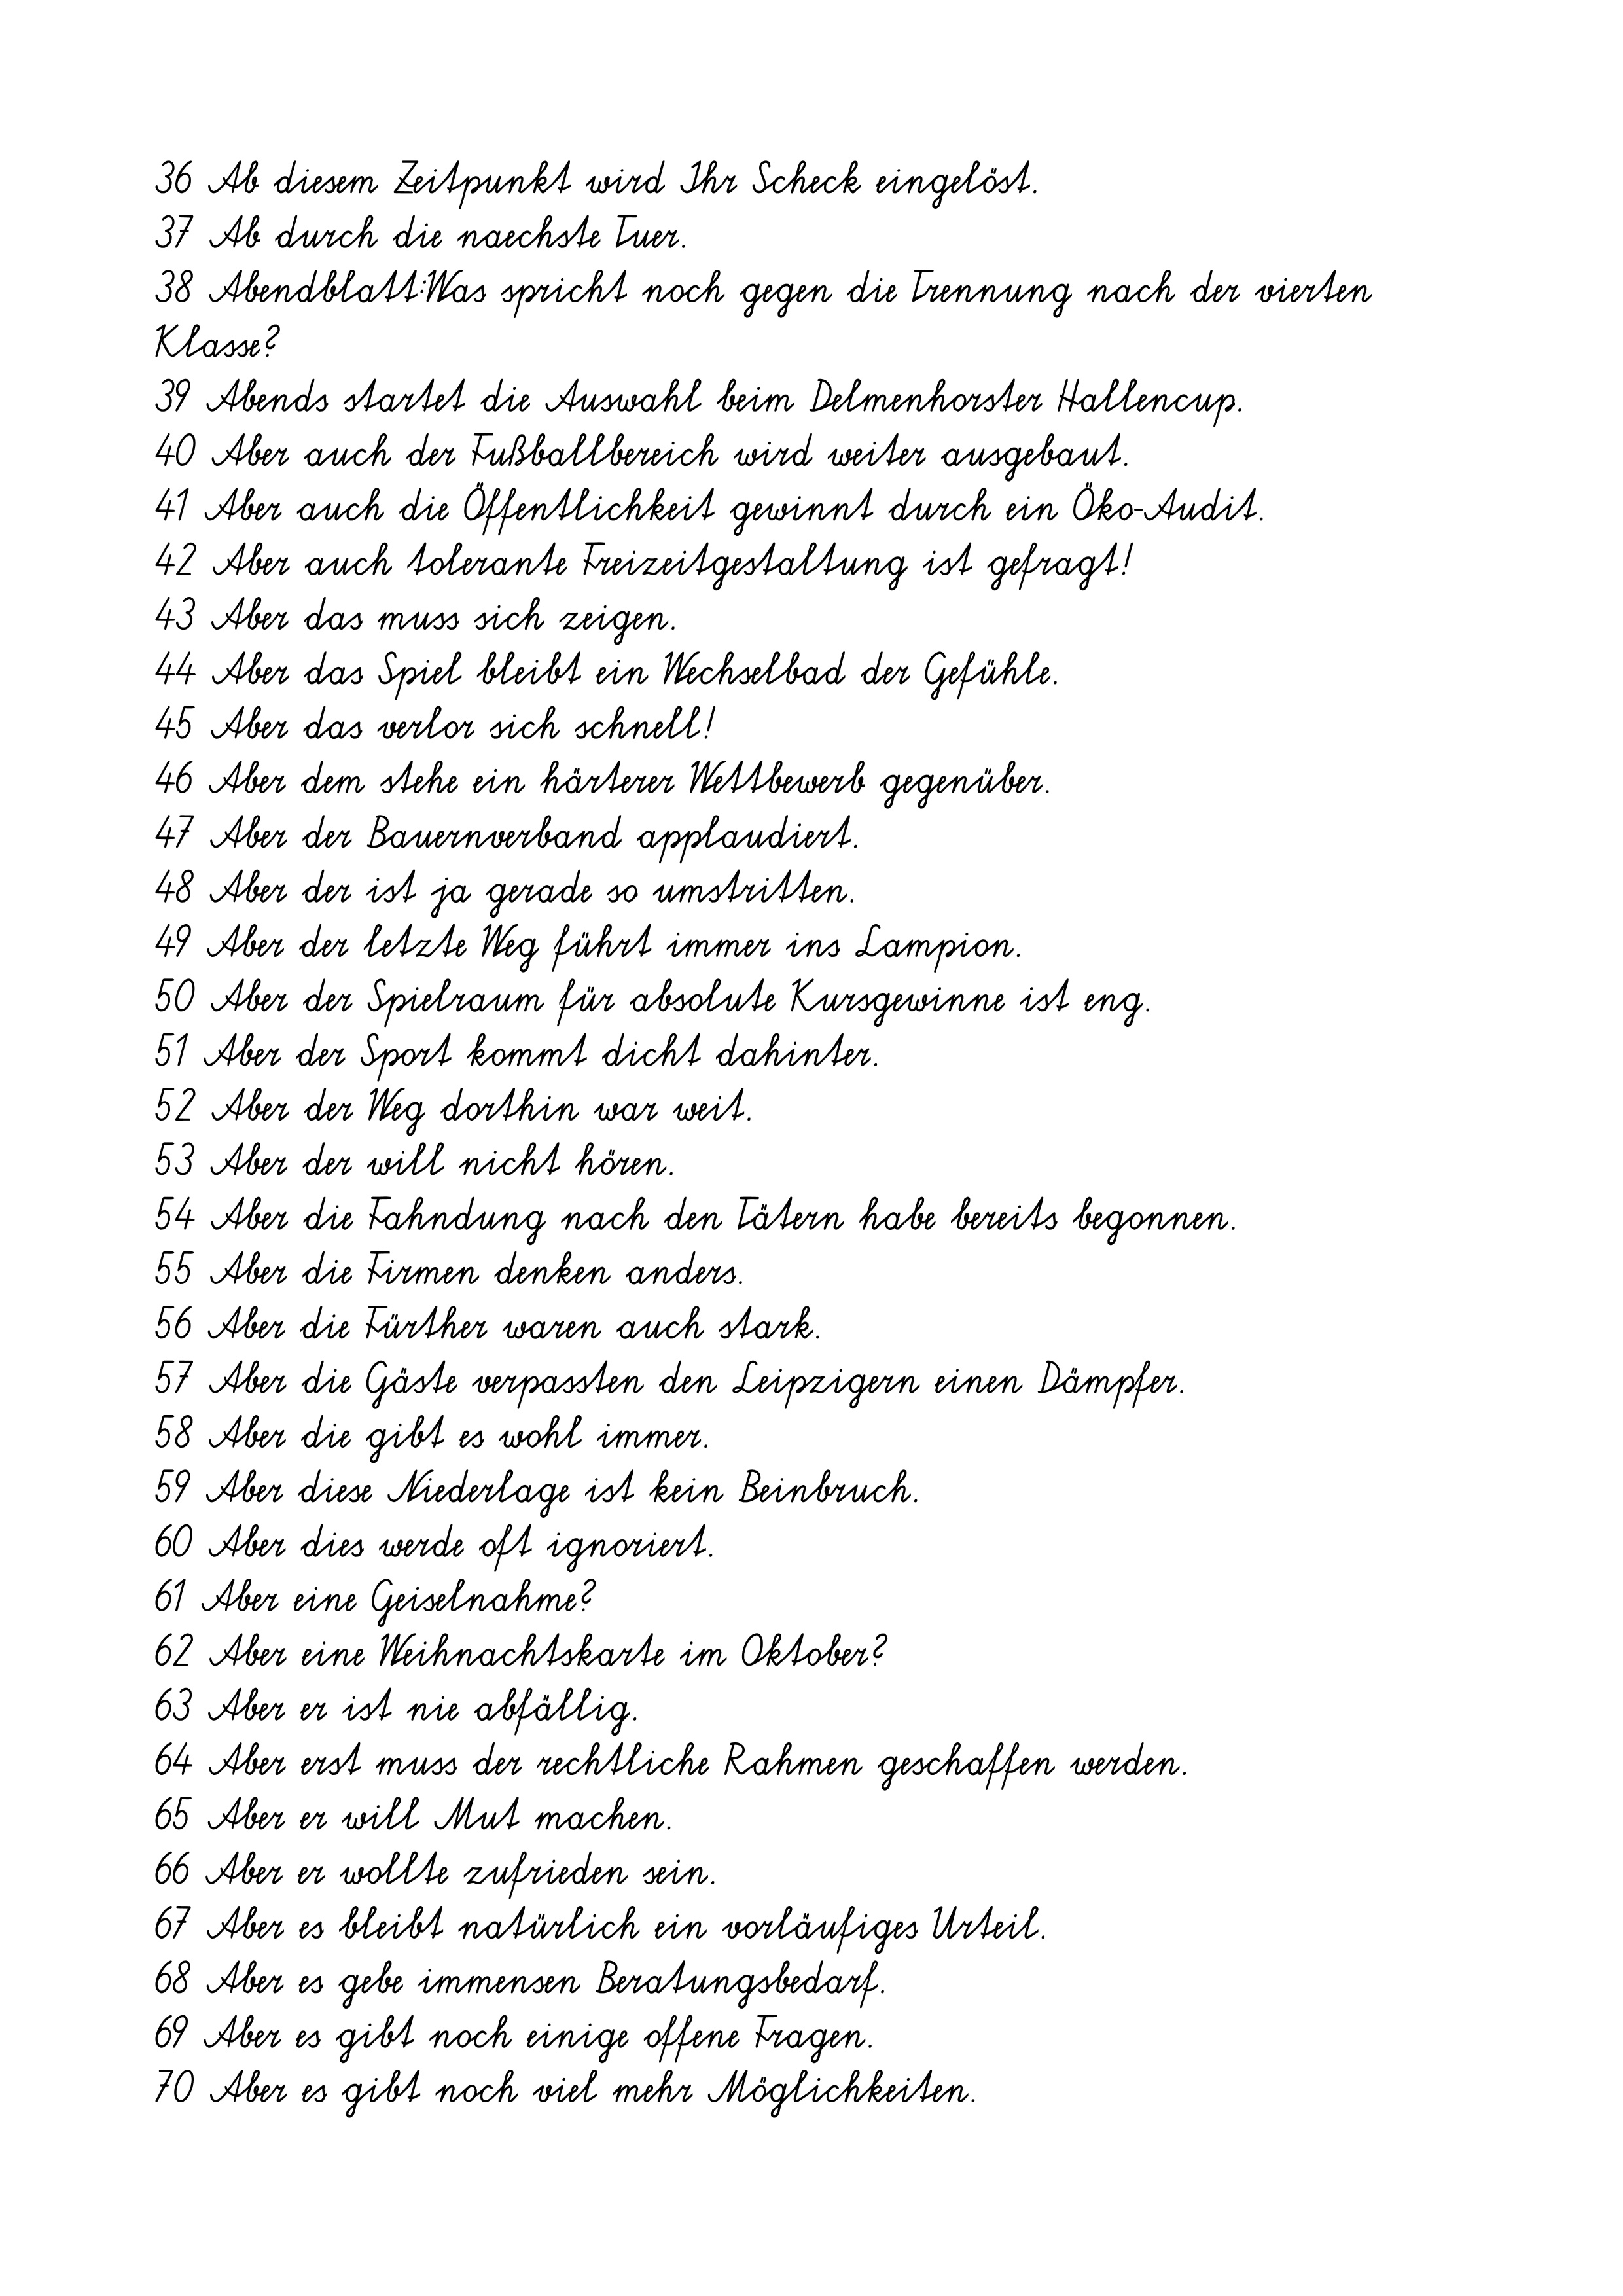
36 Ab diesem Zeitpunkt wird Ihr Scheck eingelöst.
37 Ab durch die naechste Tuer.
38 Abendblatt:Was spricht noch gegen die Trennung nach der vierten
Klasse?
39 Abends startet die Auswahl beim Delmenhorster Hallencup.
40 Aber auch der Fußballbereich wird weiter ausgebaut.
41 Aber auch die Öffentlichkeit gewinnt durch ein Öko-Audit.
42 Aber auch tolerante Freizeitgestaltung ist gefragt!
43 Aber das muss sich zeigen.
44 Aber das Spiel bleibt ein Wechselbad der Gefühle.
45 Aber das verlor sich schnell!
46 Aber dem stehe ein härterer Wettbewerb gegenüber.
47 Aber der Bauernverband applaudiert.
48 Aber der ist ja gerade so umstritten.
49 Aber der letzte Weg führt immer ins Lampion.
50 Aber der Spielraum für absolute Kursgewinne ist eng.
51 Aber der Sport kommt dicht dahinter.
52 Aber der Weg dorthin war weit.
53 Aber der will nicht hören.
54 Aber die Fahndung nach den Tätern habe bereits begonnen.
55 Aber die Firmen denken anders.
56 Aber die Fürther waren auch stark.
57 Aber die Gäste verpassten den Leipzigern einen Dämpfer.
58 Aber die gibt es wohl immer.
59 Aber diese Niederlage ist kein Beinbruch.
60 Aber dies werde oft ignoriert.
61 Aber eine Geiselnahme?
62 Aber eine Weihnachtskarte im Oktober?
63 Aber er ist nie abfällig.
64 Aber erst muss der rechtliche Rahmen geschaffen werden.
65 Aber er will Mut machen.
66 Aber er wollte zufrieden sein.
67 Aber es bleibt natürlich ein vorläufiges Urteil.
68 Aber es gebe immensen Beratungsbedarf.
69 Aber es gibt noch einige offene Fragen.
70 Aber es gibt noch viel mehr Möglichkeiten.